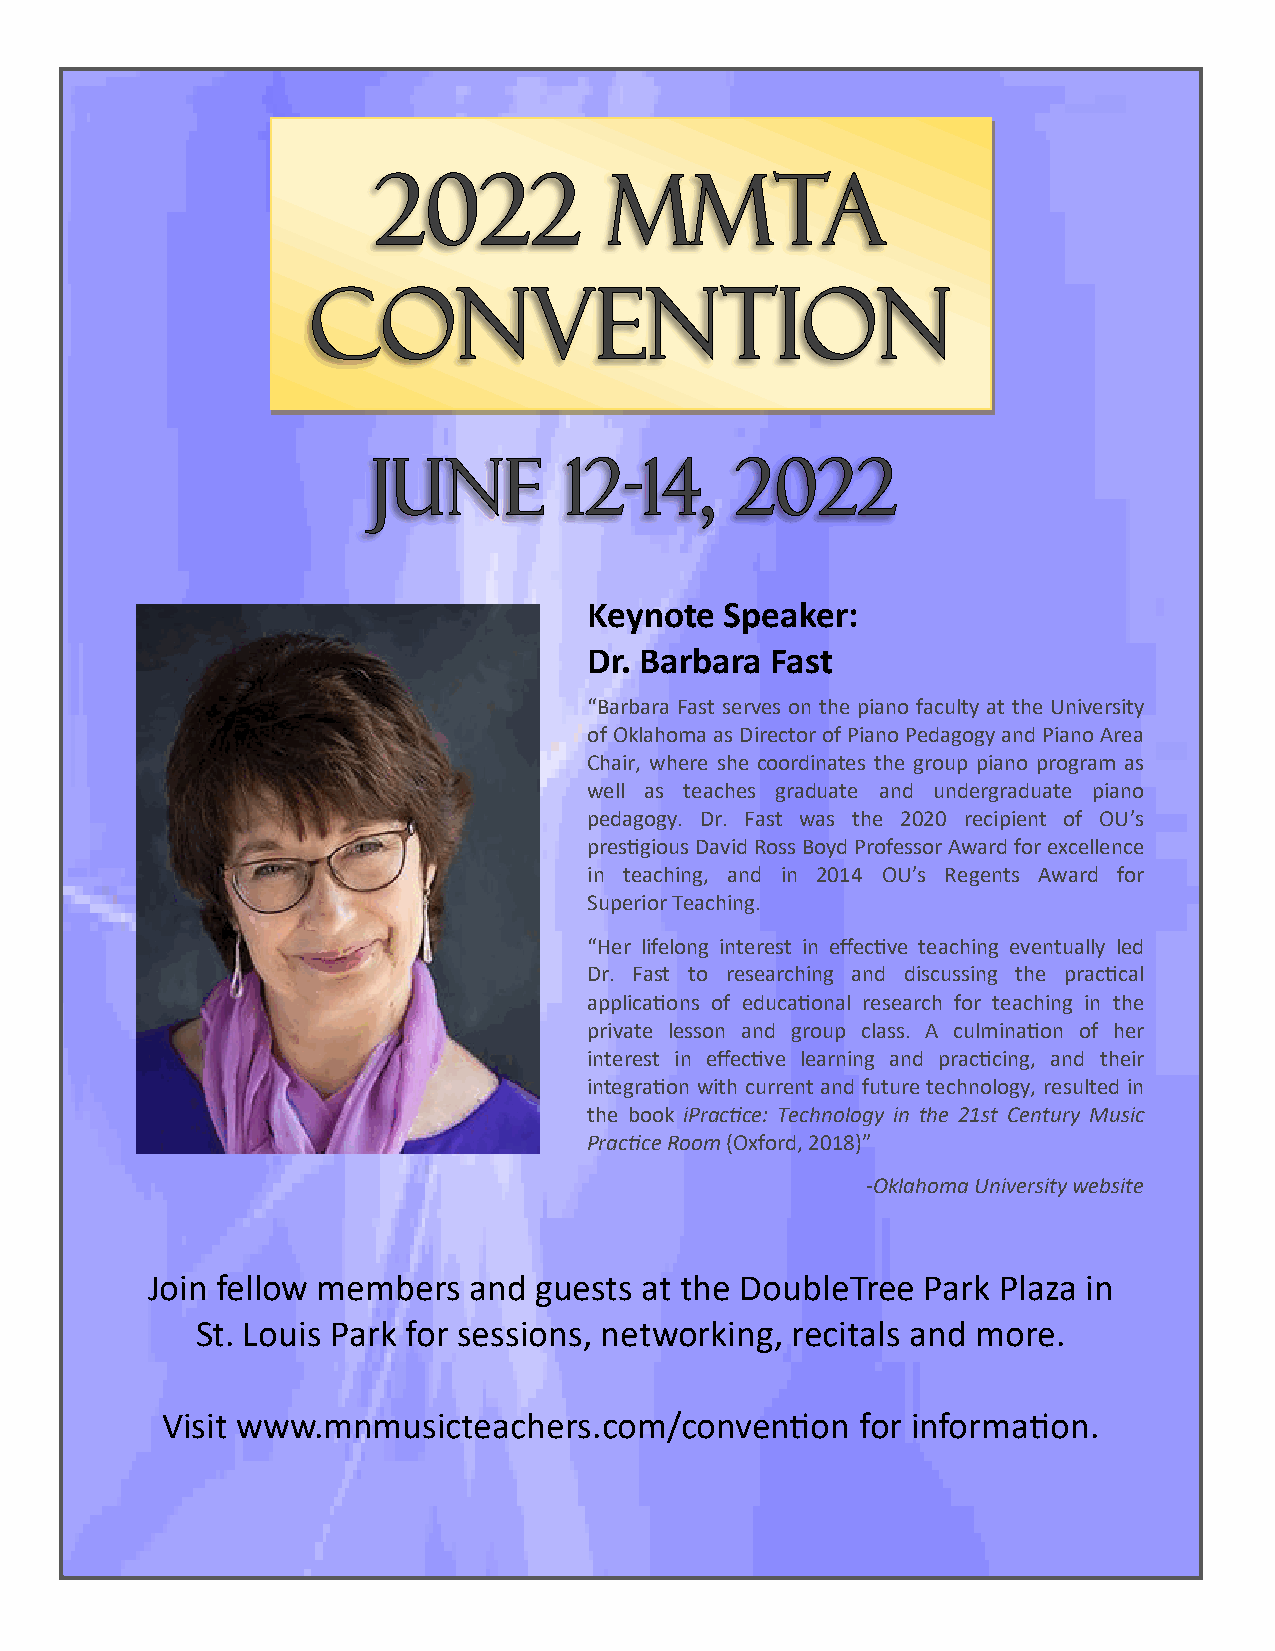
Keynote  Speaker:
 Dr. Barbara Fast
 “Barbara Fast serves on the piano faculty at the University
 of Oklahoma as Director of Piano Pedagogy and Piano Area
 Chair, where she coordinates the group piano program as
 well as teaches graduate and undergraduate piano
 pedagogy. Dr. Fast was the 2020 recipient of OU’s
 prestigious David Ross Boyd Professor Award for excellence
 in teaching, and in 2014 OU’s Regents Award for
 Superior Teaching.
 “Her lifelong interest in effective teaching eventually led
 Dr. Fast to researching and discussing the practical
 applications of educational research for teaching in the
 private lesson and group class. A culmination of her
 interest in effective learning and practicing, and their
 integration with current and future technology, resulted in
 the book iPractice: Technology in the 21st Century Music
 Practice Room (Oxford, 2018)”
 -Oklahoma University website
 Join fellow members  and guests  at the DoubleTree Park Plaza in
 St. Louis Park for sessions, networking, recitals and more.
 Visit www.mnmusicteachers.com/convention      for information.